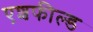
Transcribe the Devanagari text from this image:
एशफील्ड